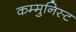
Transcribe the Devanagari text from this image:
कम्मुनिस्ट